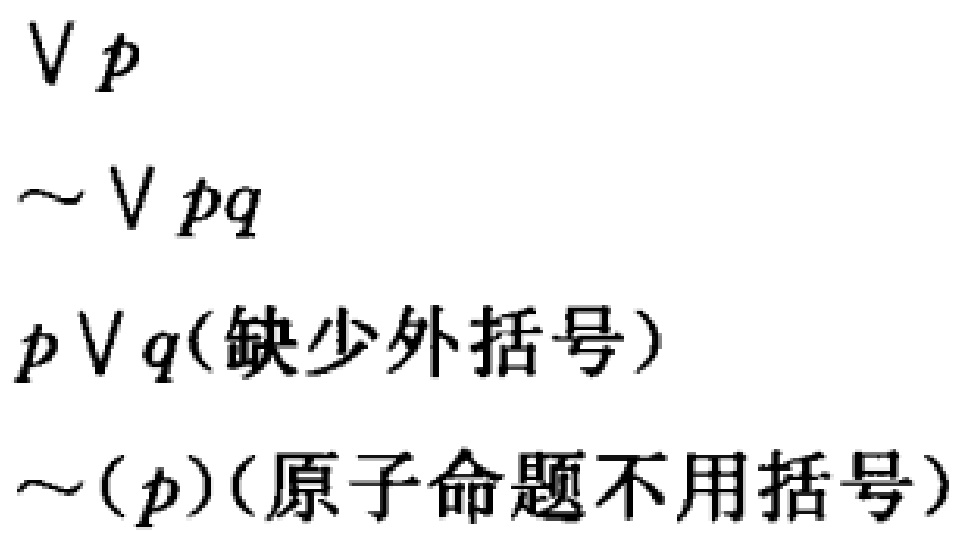
$\forall p$
$\sim \forall pq$
$p\vee q(缺少外括号)$
$\sim(p)(原子命题不用括号)$